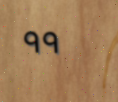
٩٩